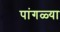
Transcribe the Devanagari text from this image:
पांगळ्या